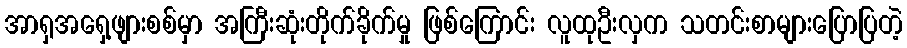
အာရှအရှေ့ဖျားစစ်မှာ အကြီးဆုံးတိုက်ခိုက်မှု ဖြစ်ကြောင်း လူထုဦးလှက သတင်းစာများပြောပြတဲ့